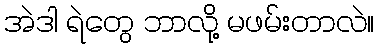
အဲဒါ ရဲတွေ ဘာလို့ မဖမ်းတာလဲ။